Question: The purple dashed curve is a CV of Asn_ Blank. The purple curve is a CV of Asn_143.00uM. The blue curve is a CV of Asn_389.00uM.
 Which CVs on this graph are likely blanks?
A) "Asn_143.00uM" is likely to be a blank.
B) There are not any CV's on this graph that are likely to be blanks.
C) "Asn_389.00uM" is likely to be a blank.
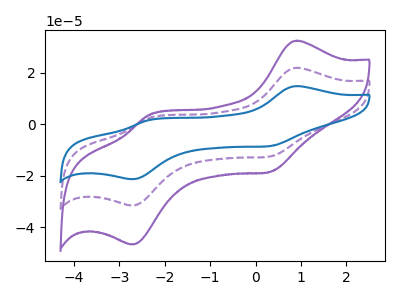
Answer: <think>The purple dashed curve "Asn_ Blank" has anodic peaks at (0.90V, 22.00uA) (-2.35V, 2.45uA) and cathodic peaks at (0.30V, -12.55uA) (-2.70V, -31.65uA). The purple curve "Asn_143.00uM" has anodic peaks at (0.90V, 32.60uA) (-2.35V, 3.60uA) and cathodic peaks at (0.30V, -18.55uA) (-2.70V, -46.80uA). The blue curve "Asn_389.00uM" has anodic peaks at (0.90V, 44.05uA) (-2.35V, 4.85uA) and cathodic peaks at (0.30V, -25.10uA) (-2.70V, -63.25uA).</think>
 <answer>B) There are not any CV's on this graph that are likely to be blanks.</answer>
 <eval>B</eval>